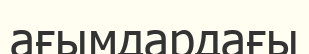
ағымдардағы